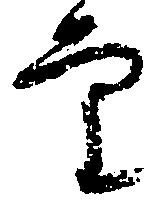
審